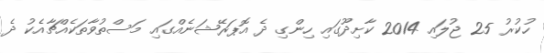
ހުކުރު 25 ޖުލައި 2014 ކާށިދޫގައި ހިންގި ދެ އޮޕަރޭޝަނެއްގައި މަސްތުވާތަކެއްޗާއެކު ދެ